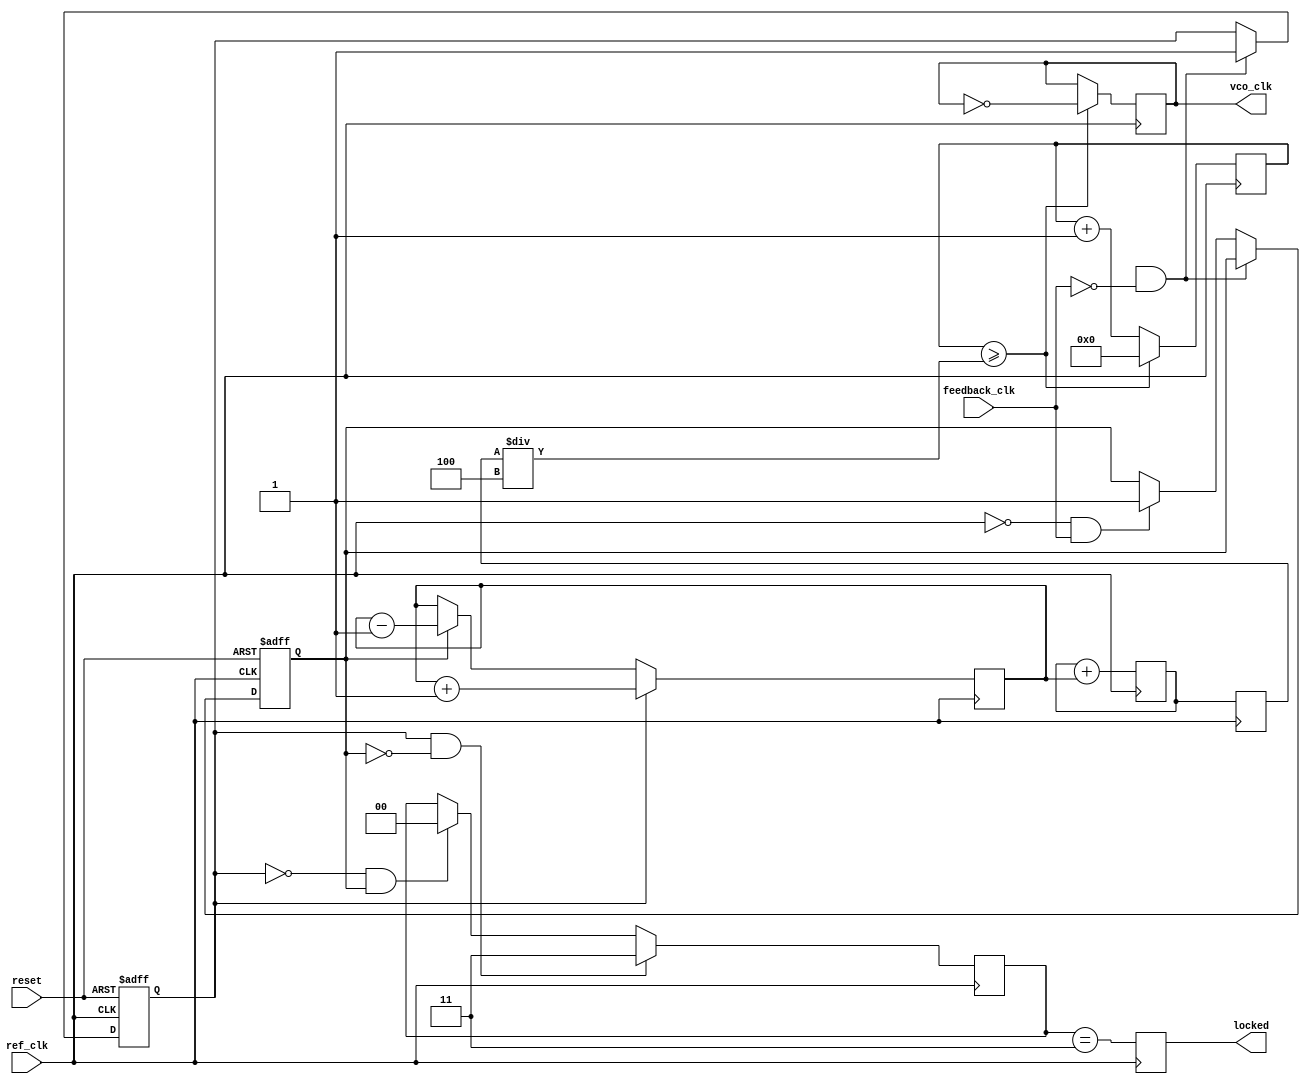
module pll (
    input wire ref_clk,            // Reference clock input
    input wire feedback_clk,       // Feedback clock input
    input wire reset,              // Reset signal
    output reg vco_clk,            // VCO output clock
    output reg locked              // Lock indicator
);
    
    // Parameters
    parameter DIV_RATIO = 4;       // Feedback divider ratio

    // Internal Signals
    reg up, down;                  // PFD outputs
    reg [7:0] charge_pump_output;  // Charge pump output
    reg [7:0] control_voltage;      // Voltage control to VCO
    reg [7:0] loop_filter_output;    // Output of the loop filter
    reg [3:0] vco_count;           // VCO count register
    reg [1:0] state;               // Lock state

    // State Definitions
    localparam LOCKED = 2'b11;
    localparam UNLOCKED = 2'b00;

    // Phase Frequency Detector (PFD)
    always @(posedge ref_clk or posedge reset) begin
        if (reset) begin
            up <= 1'b0;
            down <= 1'b0;
        end else begin
            // Simple PFD Logic
            if (referenc_clk && !feedback_clk)
                up <= 1'b1;
            else if (!ref_clk && feedback_clk)
                down <= 1'b1;
        end
    end

    // Charge Pump
    always @(posedge ref_clk) begin
        if (up) begin
            charge_pump_output <= charge_pump_output + 1;
        end else if (down) begin
            charge_pump_output <= charge_pump_output - 1;
        end
    end

    // Loop Filter (Simple Integrator)
    always @(posedge ref_clk) begin
        loop_filter_output <= loop_filter_output + charge_pump_output;
        control_voltage <= loop_filter_output; // Smoother control voltage
    end

    // Voltage-Controlled Oscillator (VCO)
    always @(posedge ref_clk) begin
        vco_count <= vco_count + 1;
        if (vco_count >= control_voltage / DIV_RATIO) begin
            vco_clk <= ~vco_clk; // Toggle VCO clock output
            vco_count <= 0;      // Reset VCO count
        end
    end

    // Feedback Divider (simple counter)
    reg [1:0] feedback_count;
    always @(posedge vco_clk) begin
        if (feedback_count == DIV_RATIO - 1)
            feedback_count <= 0;
        else
            feedback_count <= feedback_count + 1;
    end

    // Lock Detection
    always @(posedge ref_clk) begin
        if (up && !down)
            state <= LOCKED;   // Move to LOCKED state
        else if (!up && down)
            state <= UNLOCKED; // Move to UNLOCKED state
    end

    // Output Locked Signal
    always @(posedge ref_clk) begin
        locked <= (state == LOCKED);
    end

endmodule